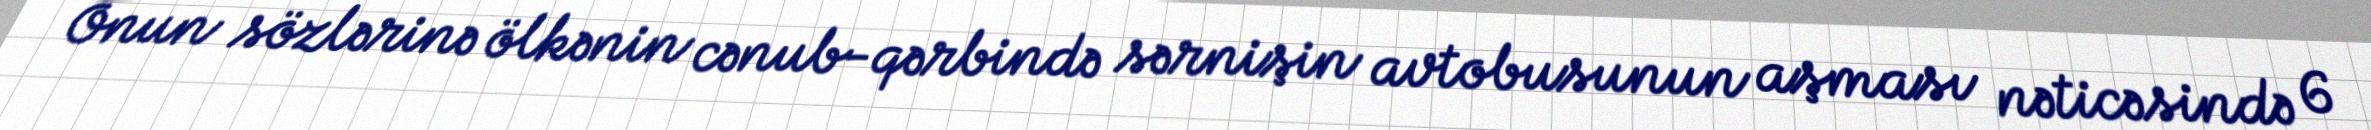
Onun sözlərinə ölkənin cənub-qərbində sərnişin avtobusunun aşması nəticəsində 6